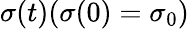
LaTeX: \sigma(t)(\sigma(0)=\sigma_{0})